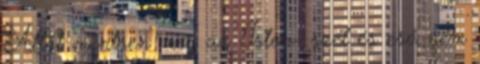
Attól mentsen meg az Isten- szél és eső nem